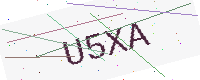
Text: U5XA